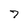
Character: 7